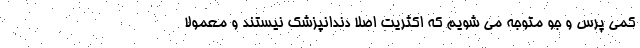
کمی پرس و جو متوجه می شویم که اکثریت اصلاً دندانپزشک نیستند و معمولاً